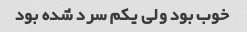
خوب بود ولی یکم سرد شده بود